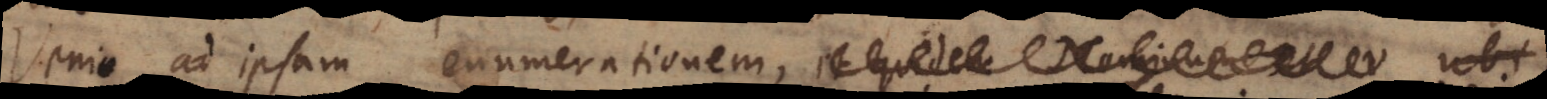
Venio ad ipsam enumerationem, et